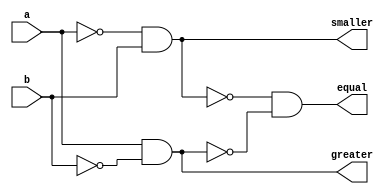
`timescale 1ns / 1ps

module one_bit_comparator(a,b,greater, smaller, equal);
	input a,b;
	output greater,smaller,equal;
	reg greater,smaller,equal;
	always @(a,b) begin
		smaller=~a&b;
		greater=a&~b;
		equal=~smaller&~greater;
	end
endmodule

module comparator(PB1, PB2, PB3, PB4, holder, greater, smaller, equal);
	input PB1,PB2, PB3, PB4;
	input [3:0] holder;
	reg [7:0] x,y;
	always @(posedge PB1) begin
		x[3:0] <= holder[3:0];
	end
	always @(posedge PB2) begin
		x[7:4] <= holder[3:0];
	end
	always @(posedge PB3) begin
		y[3:0] <= holder[3:0];
	end
	always @(posedge PB4) begin
		y[7:4] <= holder[3:0];
	end
	
	output greater,smaller,equal;
	wire [7:0] g,s,e;
	genvar i;
	generate
		for(i=0;i<8;i=i+1) begin:compare
			one_bit_comparator A1(x[i],y[i],g[i],s[i],e[i]);
		end
	endgenerate
	assign equal = &e;
	assign greater = g[7]|g[6]&(&e[7])|g[5]&(&e[7:6])|g[4]&(&e[7:5])
						 |g[3]&(&e[7:4])|g[2]&(&e[7:3])|g[1]&(&e[7:2])|g[0]&(&e[7:1]);
	assign smaller = ~equal & ~greater;
endmodule